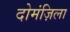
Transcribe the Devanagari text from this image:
दोमंज़िला